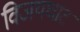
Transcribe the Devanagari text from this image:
विजयघाट